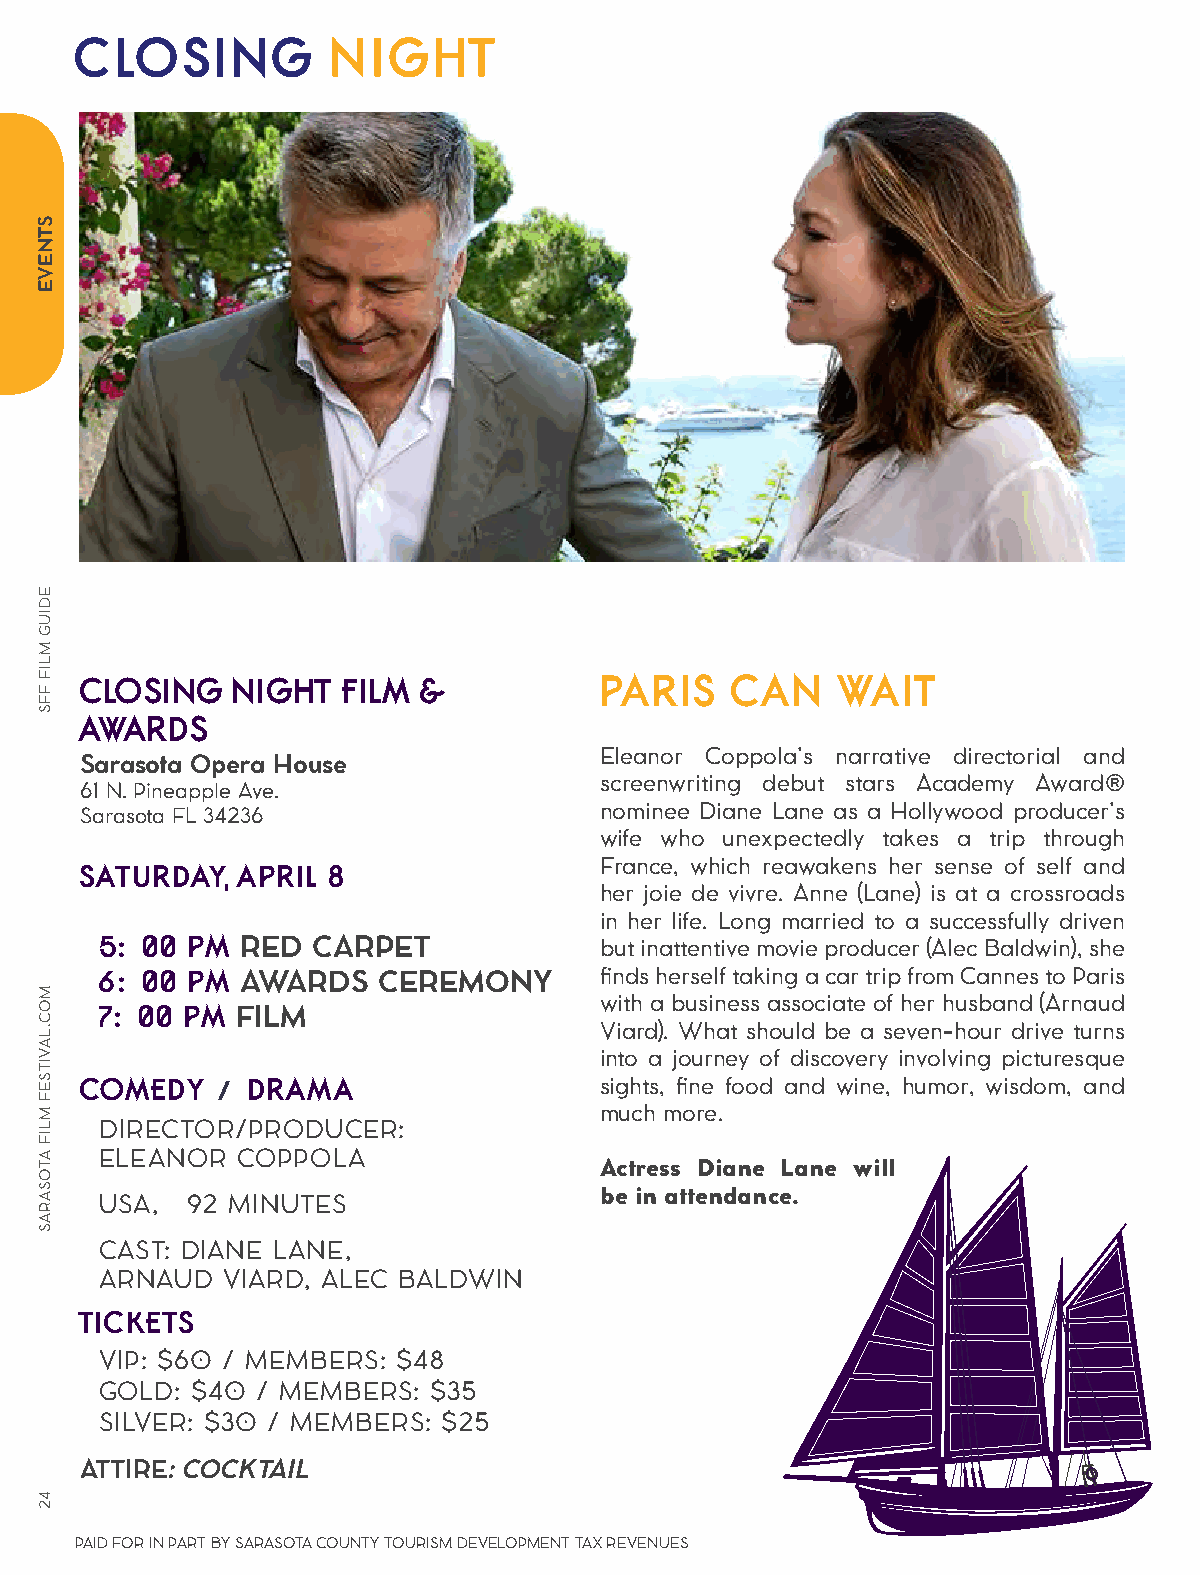
CLOSING          NIGHT
 CLOSING   NIGHT   FILM &           PARIS   CAN    WAIT
 AWARDS
 Eleanor Coppola’s narrative directorial and
 Sarasota Opera House
 screenwriting debut stars Academy Award®
 61 N. Pineapple Ave.
 Sarasota FL 34236                  nominee Diane Lane as a Hollywood producer’s
 wife who unexpectedly takes a trip through
 SATURDAY,  APRIL 8                 France, which reawakens her sense of self and
 her joie de vivre. Anne (Lane) is at a crossroads
 in her life. Long married to a successfully driven
 5:00 PM  RED  CARPET             but inattentive movie producer (Alec Baldwin), she
 6:00 PM  AWARDS   CEREMONY       finds herself taking a car trip from Cannes to Paris
 with a business associate of her husband (Arnaud
 7:00 PM  FILM
 Viard). What should be a seven-hour drive turns
 into a journey of discovery involving picturesque
 COMEDY   / DRAMA                   sights, fine food and wine, humor, wisdom, and
 much more.
 DIRECTOR/PRODUCER:
 ELEANOR  COPPOLA
 Actress Diane Lane will
 be in attendance.
 USA, 92 MINUTES
 CAST: DIANE LANE,
 ARNAUD  VIARD, ALEC BALDWIN
 TICKETS
 VIP: $60 / MEMBERS: $48
 GOLD: $40 / MEMBERS: $35
 SILVER: $30 / MEMBERS: $25
 ATTIRE: COCKTAIL
 PAID FOR IN PART BY SARASOTA COUNTY TOURISM DEVELOPMENT TAX REVENUES
 STNEVE
 EDIUG
 MLIF
 FFS
 MOC.LAVITSEF
 MLIF
 ATOSARAS
 42